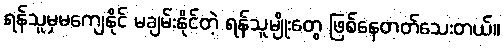
ရန်သူမှမကျေနိုင် မချမ်းနိုင်တဲ့ ရန်သူမျိုးတွေ ဖြစ်နေတတ်သေးတယ်။